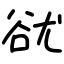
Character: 㞃